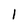
Character: I